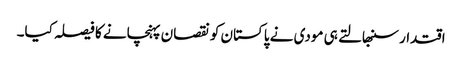
اقتدار سنبھالتے ہی مودی نے پاکستان کو نقصان پہنچانے کا فیصلہ کیا۔